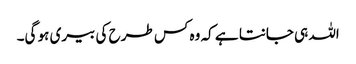
اللہ ہی جانتا ہے کہ وہ کس طرح کی بیری ہو گی۔